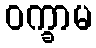
ဝက္ခာမ